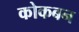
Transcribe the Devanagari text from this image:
कोकबन